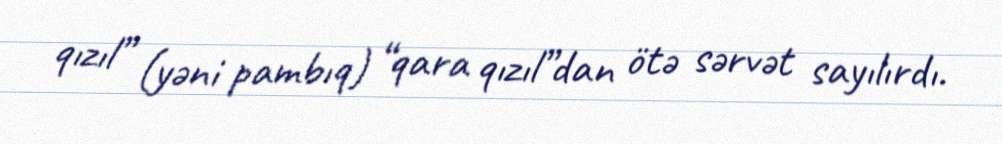
qızıl” (yəni pambıq) “qara qızıl”dan ötə sərvət sayılırdı.